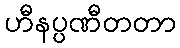
ဟီနပ္ပဏီတတာ